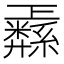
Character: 𱺋